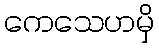
ကေသေဟမှိ